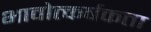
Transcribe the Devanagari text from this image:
भावोत्कर्षकता